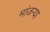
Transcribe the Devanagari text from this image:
मांजऱ्या